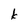
Character: k